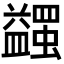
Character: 𧔈